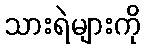
သားရဲများကို